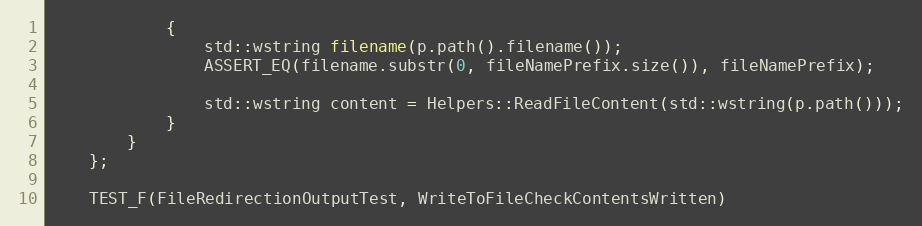
Language: C++
            {
                std::wstring filename(p.path().filename());
                ASSERT_EQ(filename.substr(0, fileNamePrefix.size()), fileNamePrefix);

                std::wstring content = Helpers::ReadFileContent(std::wstring(p.path()));
            }
        }
    };

    TEST_F(FileRedirectionOutputTest, WriteToFileCheckContentsWritten)